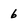
Character: 6